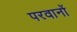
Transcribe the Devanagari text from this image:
परवानों